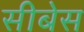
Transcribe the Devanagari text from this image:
सीबेस